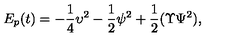
E _ { p } ( t ) = - \frac { 1 } { 4 } \upsilon ^ { 2 } - \frac 1 2 \psi ^ { 2 } + \frac { 1 } { 2 } ( \Upsilon \Psi ^ { 2 } ) ,